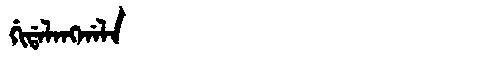
Manchu: ᡤᡳᡩᠠᠯᠠᠩᡤᠠᠯᠠ
Romanization: GIDALANGGALA